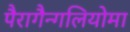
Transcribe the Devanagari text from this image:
पैरागैन्गलियोमा